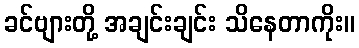
ခင်ဗျားတို့ အချင်းချင်း သိနေတာကိုး။